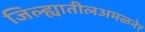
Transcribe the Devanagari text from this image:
जिल्ह्यातीलअमळनेर